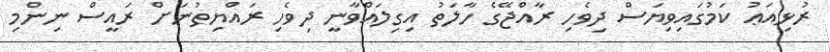
ރުޅިއަޢު ކަމުގައިވިޔަސް ދިވެހި ރާއްޖޭގެ ހާލަތު އިގިލައްވާނީ ދިވެހި ރައްޔިތުނަށް ރައީސް ނިންމި